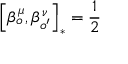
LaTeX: \left[ \beta _ { o } ^ { \mu } , \beta _ { o ^ { \prime } } ^ { \nu } \right] _ { \ast } = \frac { 1 } { 2 }